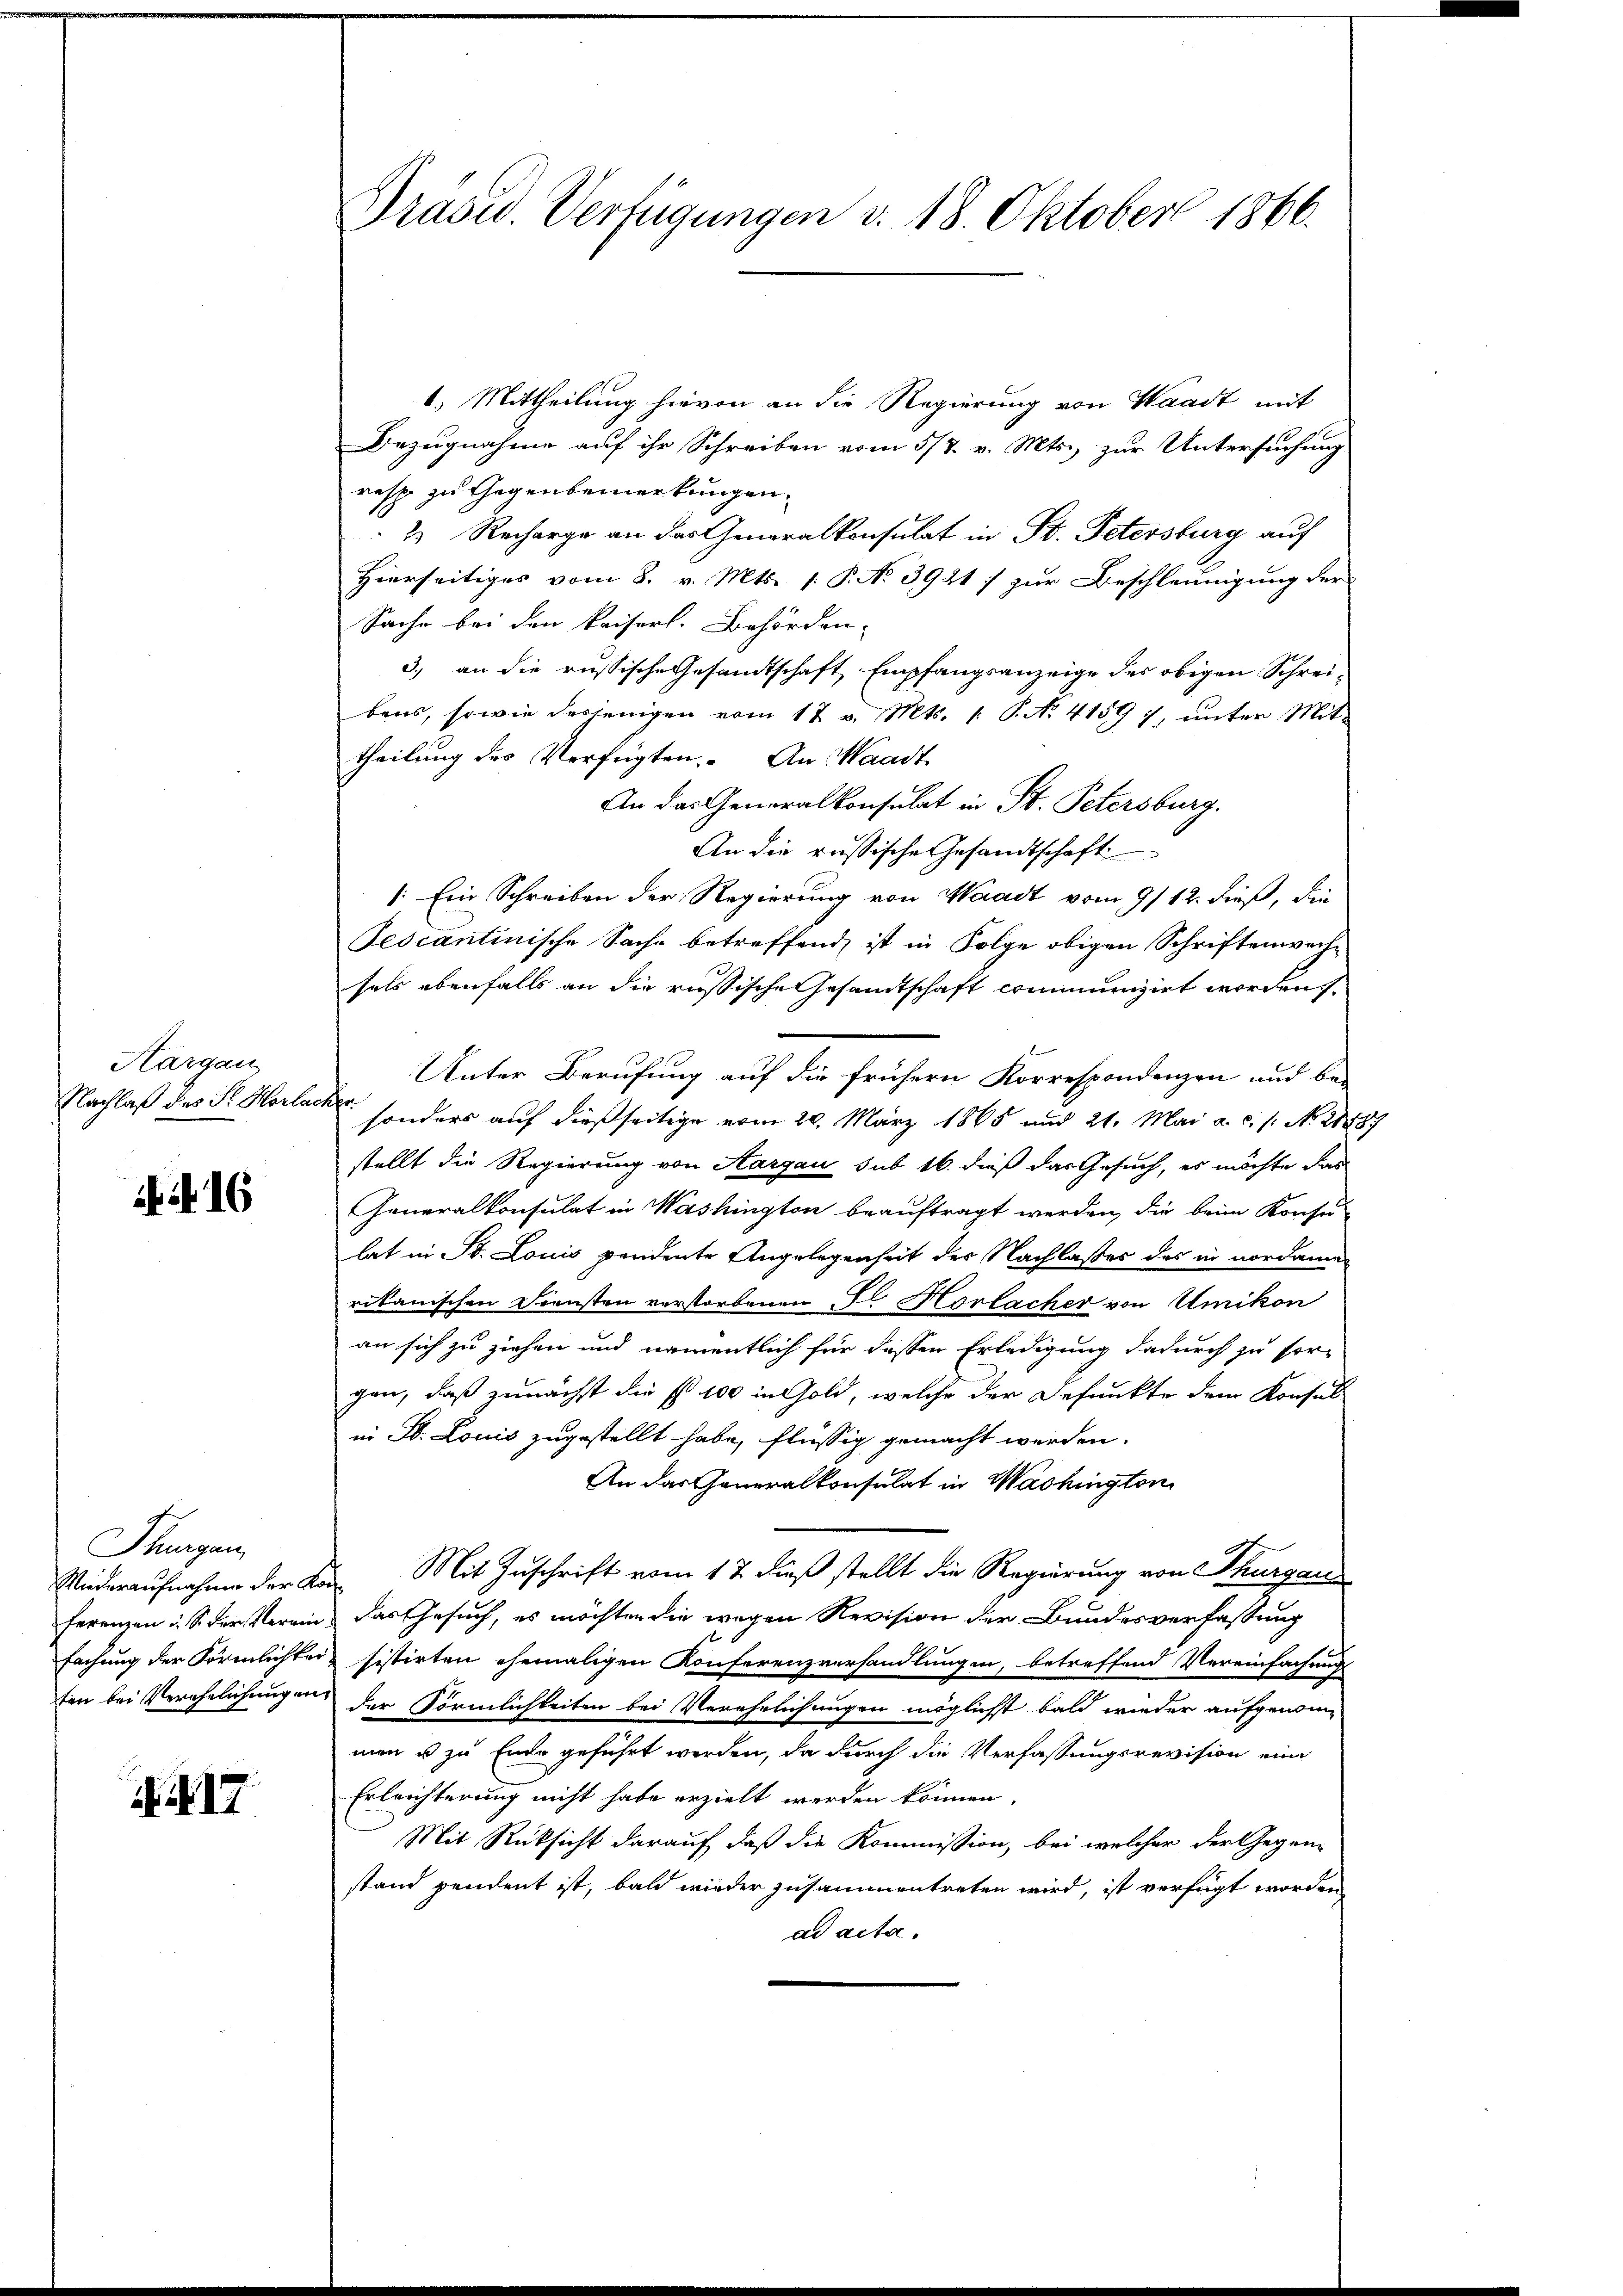
Hargau
Nachlaß des St. Horla

if. 16

Thurgan
fachung der Förmlichkei

17

Präsid.. Verfügungen v. 18. Oktober 1866.

1.) Mittheilung hievon an die Regierung von Waadt mit
Bezugnahme auf ihr Schreiben vom 5/7. v. Mts. zur Untersuchung
resp. zu Gegenbemerkungen.
2. Recharge an das Generalkonsulat in St. Petersburg auf
Hierseitiges vom 8. v. Mts. 1. P. No 3921) zur Beschleunigung der
Sache bei den kaiserl. Behörden-
3.) an die russische Gesandtschaft Empfangsanzeige des obigen Schreibens, sowie desjenigen vom 12 v. Mts. 1. P. N. 4159), unter Mittheilung des Verfügten. An Waadt
An das Generalkonsulat in St. Petersburg.
An die russische Gesandtschaft
: Ein Schreiben der Regierung von Waadt vom 9/12. dieß, die
Tescantinische Sache betreffend ist in Folge obigen Schriftenwechsals ebenfalls an die russische Gesamtschaft communzirt worden s
Unter Berufung auf die frühern Korrespondenzen und be-
t
 sonders auf dießseitige vom 20. März 1865 und 21. Mai a.c. s. No. 21887
stellt die Regierung von Aargau sub 16. dieß das Gesuch, es möchte das
Generalkonsulat in Washington beauftragt werden, die beim Konsu
lat in St. Louis pendente Angelegenheit der Nachlasses des in nordamen
rikanischen Diensten verstorbenen Fl. Horbacher von Umikon
an sich zu ziehen und namentlich für dessen Erledigung dadurch zu sor-
gen, daß zunächst die P. 100 in Gold, welche der Befunkte dem Konsul
in D. Louis zugestellt habe, flüssig gemacht werden.
An das Generalkonsulat in Washington
Wideraufnahme der Kann Mit Zuschrift vom 17. dieß stellt die Regierung von Thurgau
ferenzen i. S. der Verein, das Gesuch, es möchten die wegen Revision der Bundesverfassung
sistirten ehemaligen Konferenzverhandlungen, betreffend Vereinfachung
ten bei Verehelichungen der Förmlichkeiten bei Verehelichungen möglichst bald wieder aufgenomman u zu Ende geführt werden, da durch die Verfassungsrevision eine
Erleichterung nicht habe erzielt werden können.
Mit Rücksicht darauf daß die Kommission, bei welcher der Gegen-
stand pendent ist, bald wieder zusammentreten wird, ist verfügt worden
ad acta.